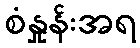
စံနှုန်းအရ